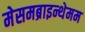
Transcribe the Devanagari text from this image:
मेसमब्राइन्थेमम